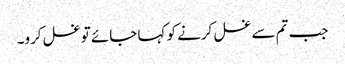
جب تم سے غسل کرنے کو کہا جائے تو غسل کرو۔